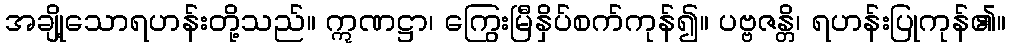
အချို့သောရဟန်းတို့သည်။ ဣဏဋ္ဌာ၊ ကြွေးမြီနှိပ်စက်ကုန်၍။ ပဗ္ဗဇန္တိ၊ ရဟန်းပြုကုန်၏။